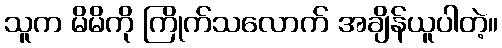
သူက မိမိကို ကြိုက်သလောက် အချိန်ယူပါတဲ့။